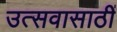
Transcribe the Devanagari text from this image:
उत्सवासाठीं